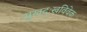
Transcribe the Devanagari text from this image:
सुखदुःखविवेक